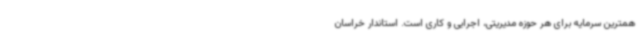
همترین سرمایه برای هر حوزه مدیریتی، اجرایی و کاری است. استاندار خراسان